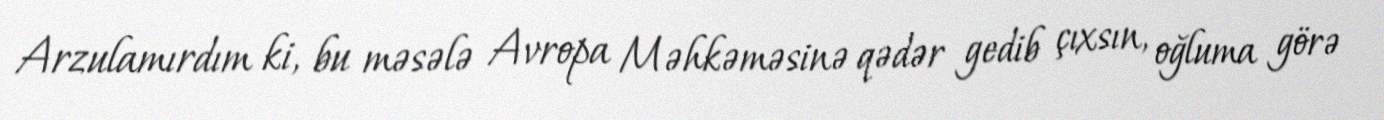
Arzulamırdım ki, bu məsələ Avropa Məhkəməsinə qədər gedib çıxsın, oğluma görə